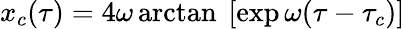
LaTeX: x_{c}(\tau)=4\omega\arctan\ [\exp\omega(\tau-\tau_{c})]